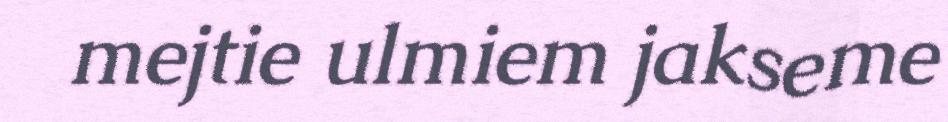
mejtie ulmiem jakseme